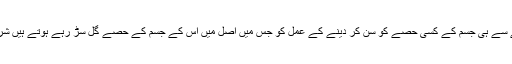
وہ بیماری شاید پہلے سے ہی جسم کے کسی حصے کو سُن کر دینے کے عمل کو جس میں اصل میں اُس کے جسم کے حصے گل سڑ رہے ہوتے ہیں شروع کر چکی ہو گی۔